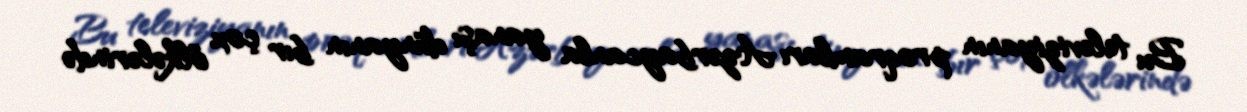
Bu televiziyanın proqramları Azərbaycanla yanaşı dünyanın bır çox ölkələrində